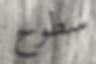
سطوح